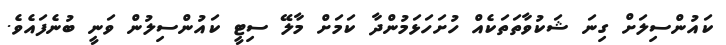
ކައުންސިލަށް ގިނަ ޝަކުވާތަތަކެއް ހުށަހަޅަމުންދާ ކަމަށް މާލޭ ސިޓީ ކައުންސިލުން ވަނީ ބުނެފައެވެ.